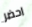
احضر